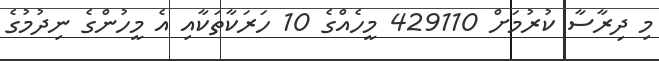
މި ދިރާސާ ކުރުމަށް 429110 މީހެއްގެ 10 ހަރަކާތަކާއި އެ މީހުންގެ ނިދުމުގެ